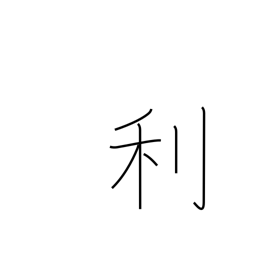
Meaning: advantage